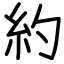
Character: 約